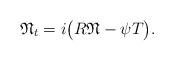
LaTeX: \begin{align*}\mathfrak{N}_{t} = i\big(R\mathfrak{N}-\psi T\big).\end{align*}